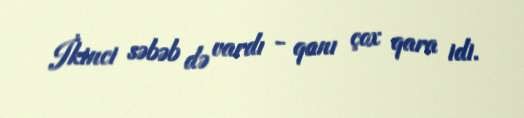
İkinci səbəb də vardı - qanı çox qara idi.